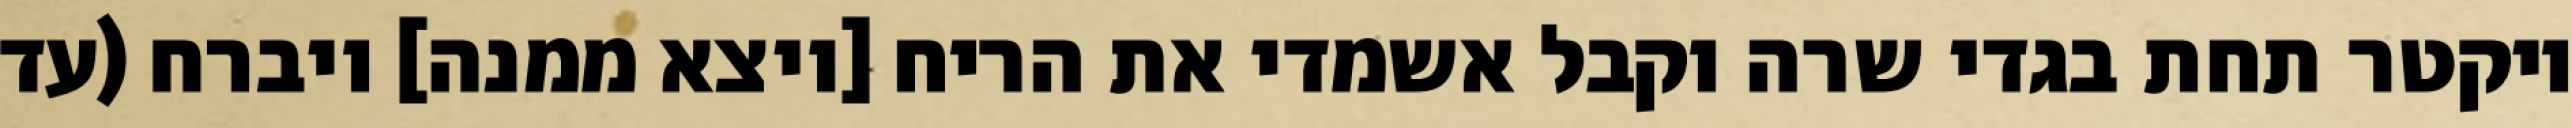
ויקטר תחת בגדי שרה וקבל אשמדי את הריח [ויצא ממנה] ויברח (עד